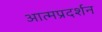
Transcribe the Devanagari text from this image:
आत्मप्रदर्शन